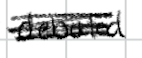
Text: debuted
Cross-out: scratch
Writing tool: digital_black